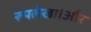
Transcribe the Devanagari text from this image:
रूपलेखा।और